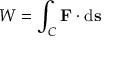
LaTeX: W = \int _ { C } \mathbf { F } \cdot \mathrm { d } \mathbf { s }